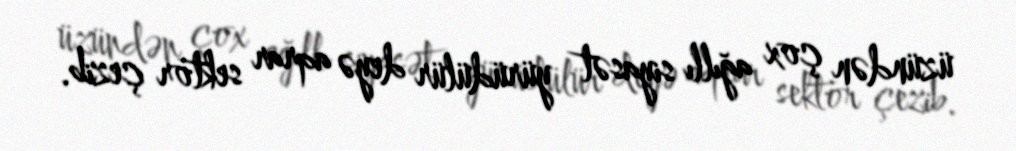
üzündən çox ağıllı siyasət yürüdülür deyə aqrar sektor çezib.